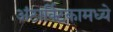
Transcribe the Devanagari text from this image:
अंटार्क्टिकामध्ये